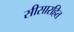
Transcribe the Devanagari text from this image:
सीसारहित